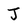
Character: J